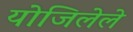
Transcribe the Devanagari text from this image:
योजिलेले